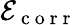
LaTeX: \mathcal{E}_{\mathrm{~c~o~r~r~}}